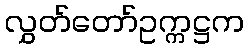
လွှတ်တော်ဥက္ကဋ္ဌက